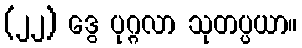
(၂၂) ဒွေ ပုဂ္ဂလာ သုတပ္ပယာ။